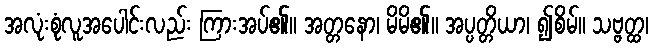
အလုံးစုံလူအပေါင်းလည်း ကြားအပ်၏။ အတ္တနော၊ မိမိ၏။ အပ္ပတ္တိယာ၊ ၍စိမ်။ သဗ္ဗတ္ထ၊